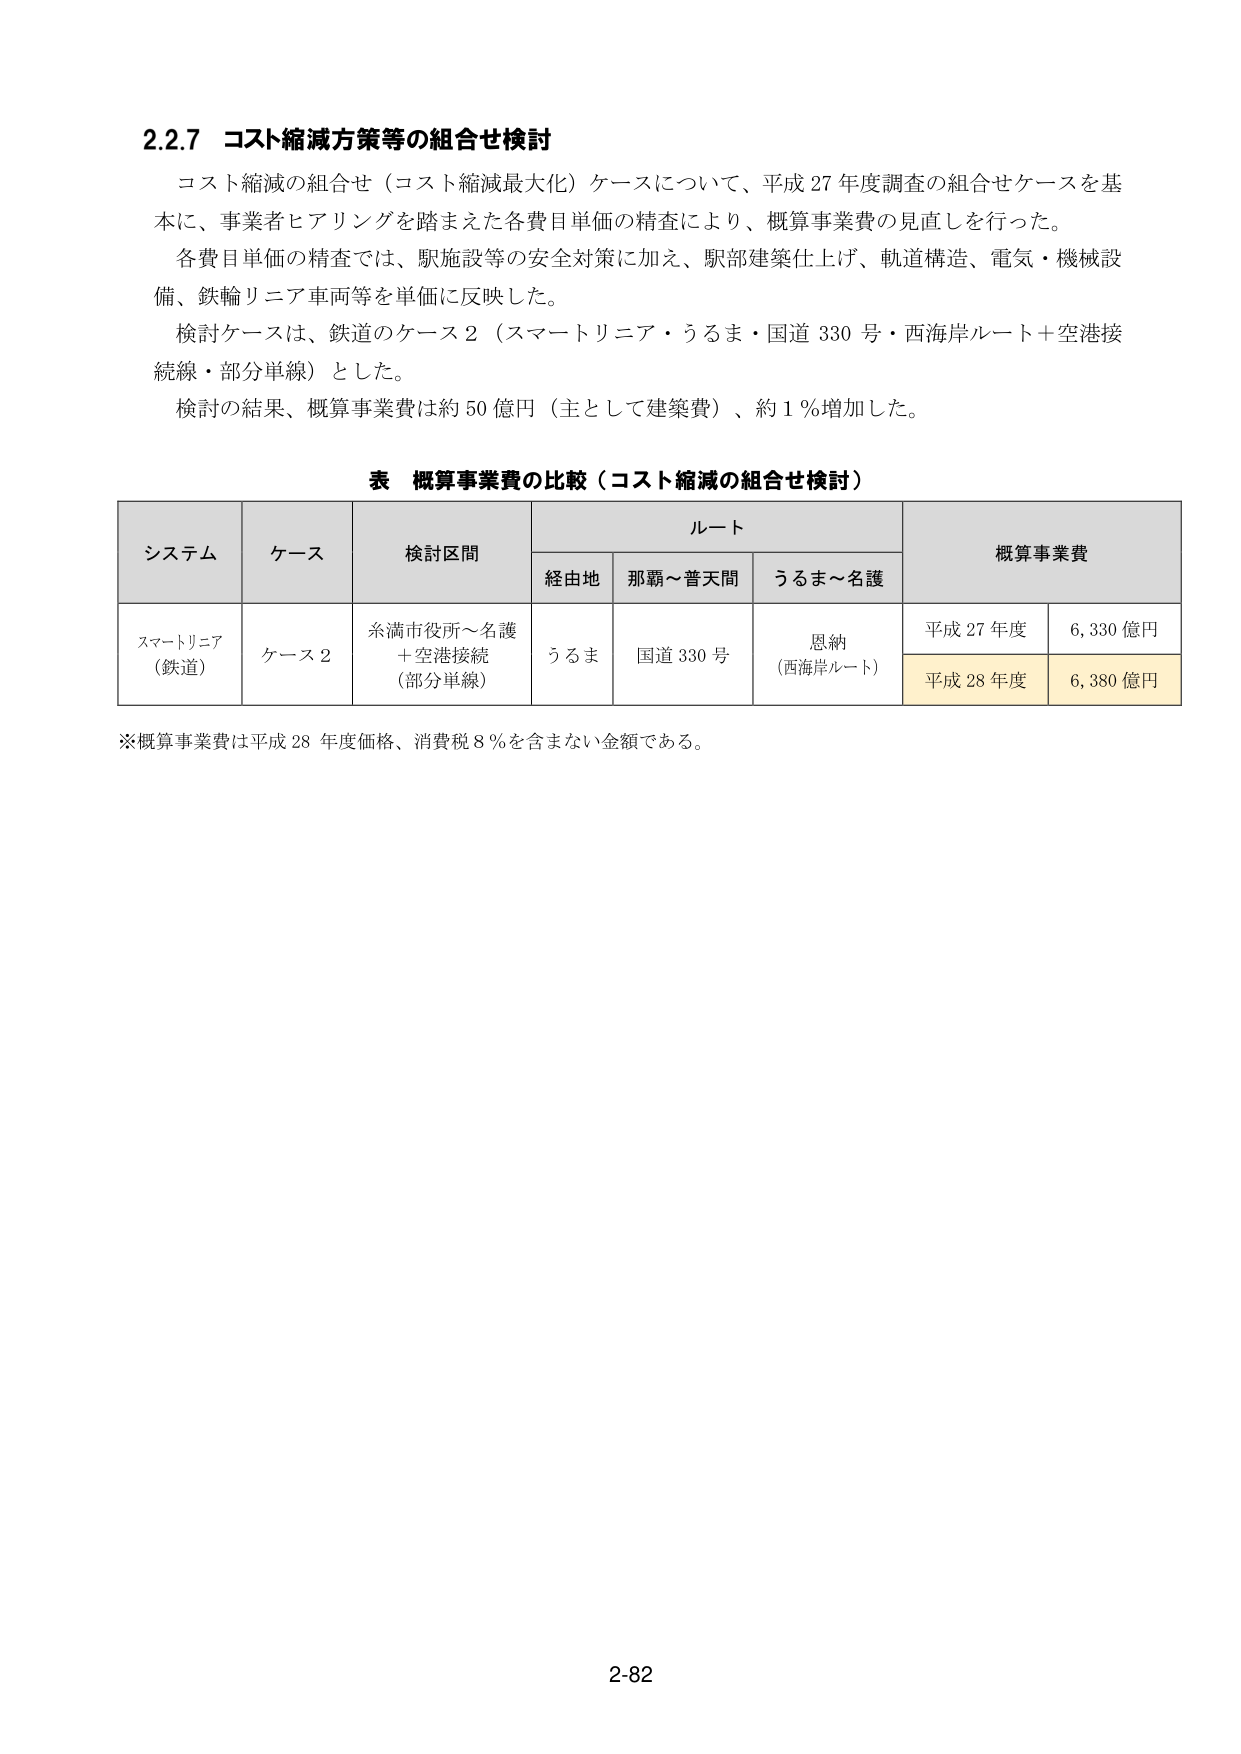
2.2.7 コスト縮減方策等の組合せ検討

コスト縮減の組合せ（コスト縮減最大化）ケースについて、平成27年度調査の組合せケースを基本に、事業者ヒアリングを踏まえた各費目単価の精査により、概算事業費の見直しを行った。

各費目単価の精査では、駅施設等の安全対策に加え、駅部建築仕上げ、軌道構造、電気・機械設備、鉄輪リニア車両等を単価に反映した。

検討ケースは、鉄道のケース2（スマートリニア・うるま・国道330号・西海岸ルート＋空港接続線・部分単線）とした。

検討の結果、概算事業費は約50億円（主として建築費）、約1％増加した。

表 概算事業費の比較（コスト縮減の組合せ検討）

| システム | ケース | 検討区間 | ルート | 概算事業費 |
|----------|--------|----------|--------|------------|
|          |        |          | 経由地 | 那覇～普天間 | うるま～名護 |            |
| スマートリニア（鉄道） | ケース2 | 糸満市役所～名護＋空港接続（部分単線） | うるま | 国道330号 | 恩納（西海岸ルート） | 平成27年度 | 6,330億円 |
|          |        |          |        |          |            | 平成28年度 | 6,380億円 |

※概算事業費は平成28年度価格、消費税8％を含まない金額である。

2-82